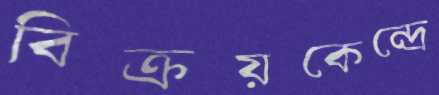
বিক্রয়কেন্দ্রে